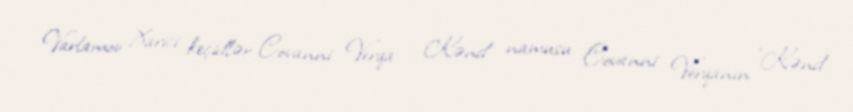
Varlamov Xarici keçidlər Covanni Verqa - Kənd namusu Covanni Verqanın "Kənd